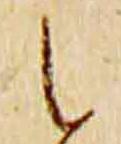
之